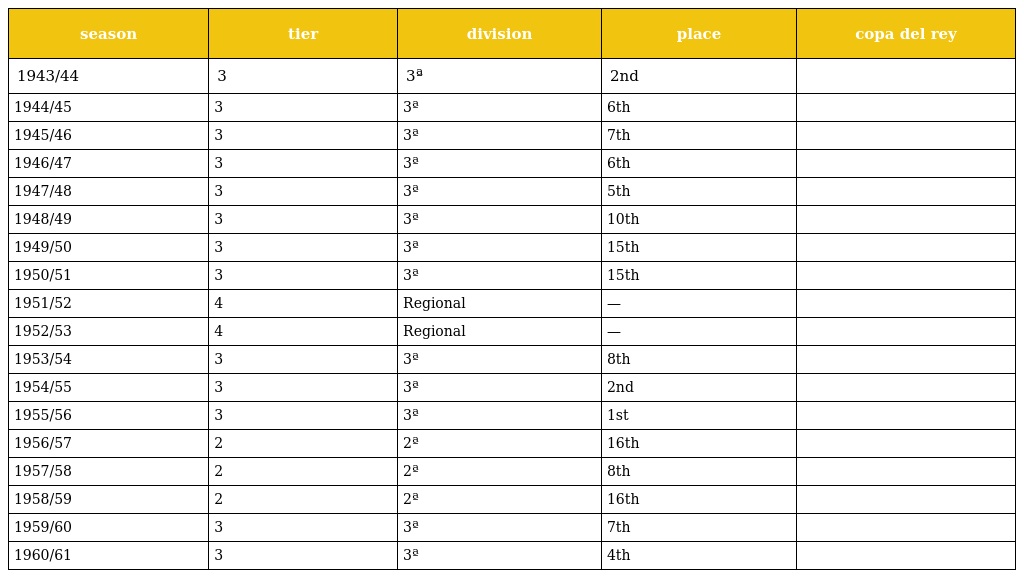
| season | tier | division | place | copa del rey |
 | --- | --- | --- | --- | --- |
 | 1943/44 | 3 | 3ª | 2nd |  |
 | 1944/45 | 3 | 3ª | 6th |  |
 | 1945/46 | 3 | 3ª | 7th |  |
 | 1946/47 | 3 | 3ª | 6th |  |
 | 1947/48 | 3 | 3ª | 5th |  |
 | 1948/49 | 3 | 3ª | 10th |  |
 | 1949/50 | 3 | 3ª | 15th |  |
 | 1950/51 | 3 | 3ª | 15th |  |
 | 1951/52 | 4 | Regional | — |  |
 | 1952/53 | 4 | Regional | — |  |
 | 1953/54 | 3 | 3ª | 8th |  |
 | 1954/55 | 3 | 3ª | 2nd |  |
 | 1955/56 | 3 | 3ª | 1st |  |
 | 1956/57 | 2 | 2ª | 16th |  |
 | 1957/58 | 2 | 2ª | 8th |  |
 | 1958/59 | 2 | 2ª | 16th |  |
 | 1959/60 | 3 | 3ª | 7th |  |
 | 1960/61 | 3 | 3ª | 4th |  |